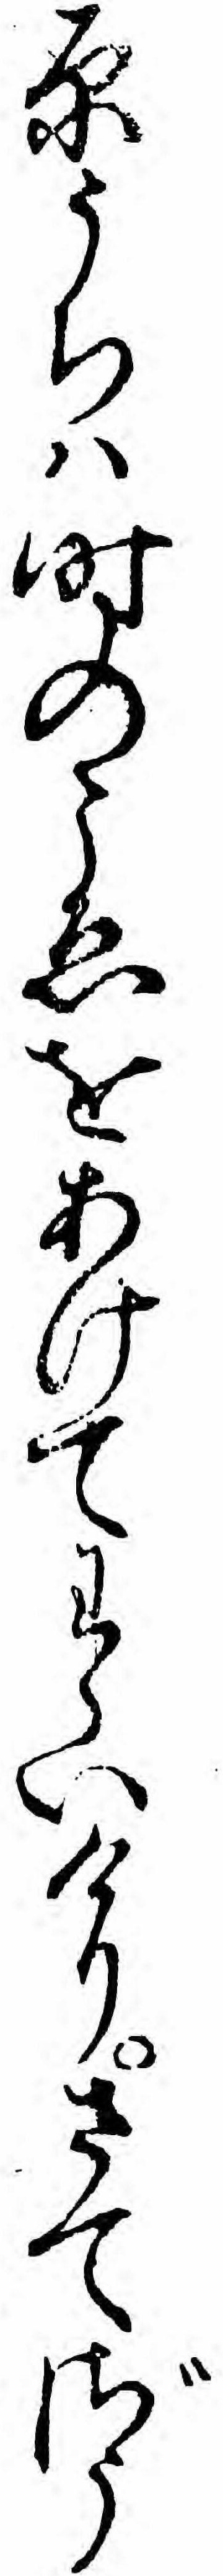
原うちハ時のこゑをあけてわらいけりさてざう